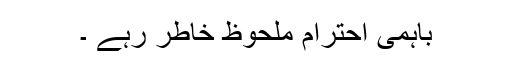
باہمی احترام ملحوظ خاطر رہے ۔